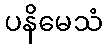
ပနိမေသံ